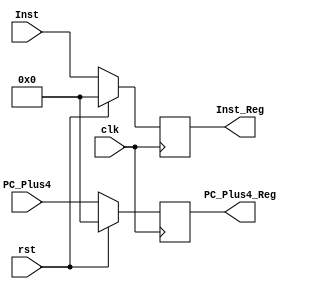
module IF_ID( clk, rst, PC_Plus4, Inst, Inst_Reg, PC_Plus4_Reg );

	input [31:0] PC_Plus4, Inst;
	input clk, rst ;
	output reg [31:0] Inst_Reg, PC_Plus4_Reg;

	always@( posedge clk )
	begin
		if ( rst )
		begin
			Inst_Reg = 0;
			PC_Plus4_Reg = 0;			
		end
		else
		begin
			Inst_Reg <= Inst;
			PC_Plus4_Reg <= PC_Plus4;
		end
	end
	
endmodule